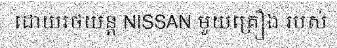
ដោយរថយន្ត NISSAN មួយគ្រឿង របស់